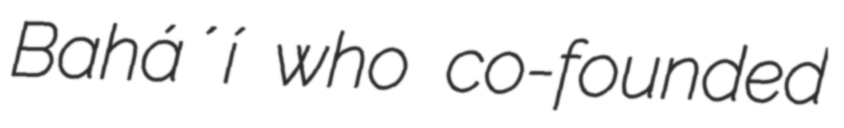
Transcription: Baháʼí who co-founded